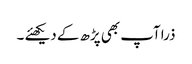
ذرا آپ بھی پڑھ کے دیکھئے ۔